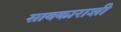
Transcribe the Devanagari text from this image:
सावकाराशी